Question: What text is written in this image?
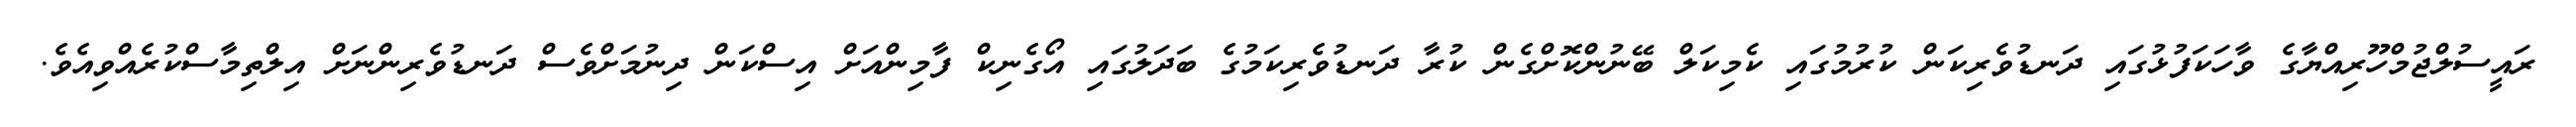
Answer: ރައީސުލްޖުމްހޫރިއްޔާގެ ވާހަކަފުޅުގައި ދަނޑުވެރިކަން ކުރުމުގައި ކެމިކަލް ބޭނުންކޮށްގެން ކުރާ ދަނޑުވެރިކަމުގެ ބަދަލުގައި އޯގެނިކް ފާމިންއަށް އިސްކަން ދިނުމަށްވެސް ދަނޑުވެރިންނަށް އިލްތިމާސްކުރެއްވިއެވެ.